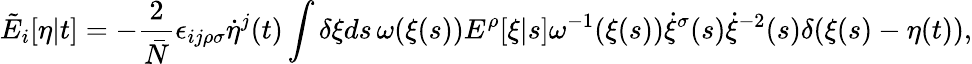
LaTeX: \tilde{E}_{i}[\eta|t]=-\frac{2}{\bar{N}}\epsilon_{ij\rho\sigma}\dot{\eta}^{j}(t)\int\delta\xi ds\, \omega(\xi(s))E^{\rho}[\xi|s]\omega^{-1}(\xi(s))\dot{\xi}^{\sigma}(s)\dot{\xi}^{-2}(s)\delta(\xi(s)-\eta(t)),